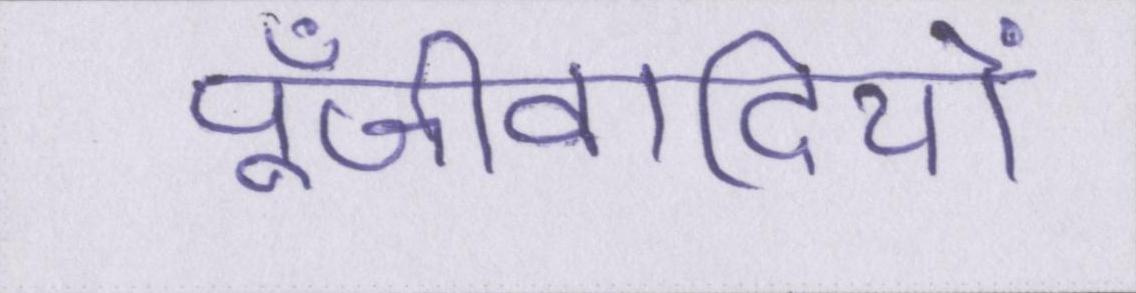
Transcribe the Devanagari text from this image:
पूँजीवादियों